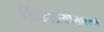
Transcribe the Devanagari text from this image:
शिंकाळ्यासारखा